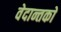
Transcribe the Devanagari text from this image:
वेदान्तकाे